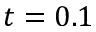
t = 0 . 1